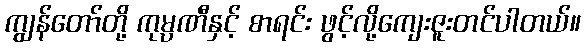
ကျွန်တော်တို့ ကုမ္ပဏီနှင့် စာရင်း ဖွင့်လို့ကျေးဇူးတင်ပါတယ်။